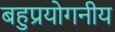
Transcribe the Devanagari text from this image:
बहुप्रयोगनीय